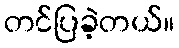
တင်ပြခဲ့တယ်။